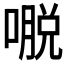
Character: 𰈥